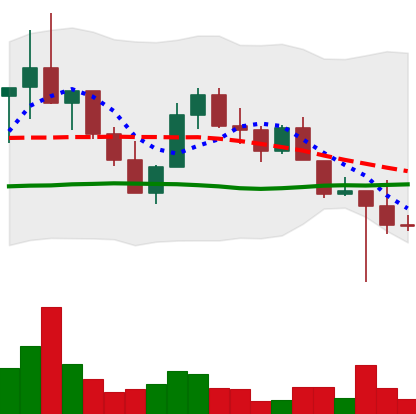
Ticker: LINK-USD
Chart end date: 2022-10-15
Forward return: -3.197%
Label: down_3_5